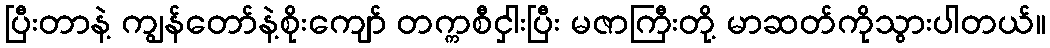
ပြီးတာနဲ့ ကျွန်တော်နဲ့စိုးကျော် တက္ကစီငှါးပြီး မဇာကြီးတို့ မာဆတ်ကိုသွားပါတယ်။